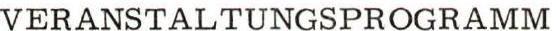
VERANSTALTUNGSPROGRAMM